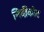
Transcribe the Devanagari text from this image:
गिर्दीकोट